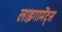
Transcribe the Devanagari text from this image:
लाइगामेंट्स